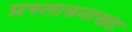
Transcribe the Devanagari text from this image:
प्रस्तावनाखंड